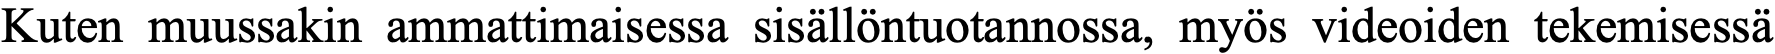
Kuten muussakin ammattimaisessa sisällöntuotannossa, myös videoiden tekemisessä